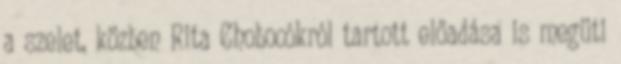
a szelet, közben Rita Chobocókról tartott előadása is megüti